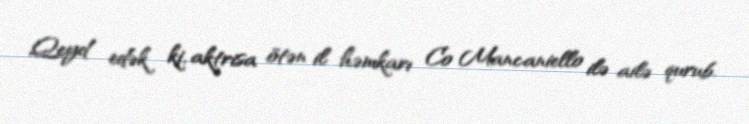
Qeyd edək ki, aktrisa ötən il həmkarı Co Mancaniello ilə ailə qurub.